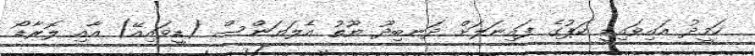
ހަމީދު އައިވައިޑީ ކަޕުގެ ފައިނަލަށް ދަނބިދޫ ޔޫތު އެލަޔަންސް (ޑީވައިއޭ) އާއި ލޮރާޑޯ